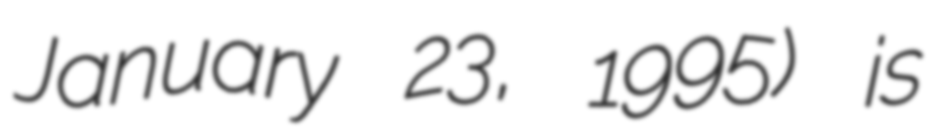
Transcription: January 23, 1995) is